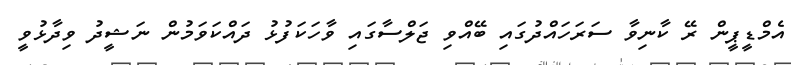
އެމްޑީޕީން ރޭ ކާނިވާ ސަރަހައްދުގައި ބޭއްވި ޖަލްސާގައި ވާހަކަފުޅު ދައްކަވަމުން ނަޝީދު ވިދާޅުވީ